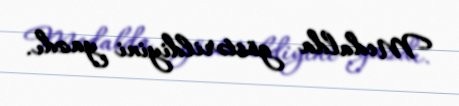
Medalda göstərildiyini yazdı.